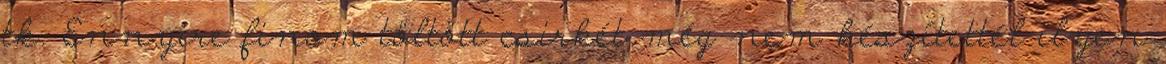
tk. Ennyire finom töltött csirkét még nem készítettél ilyen